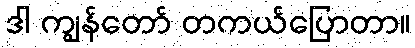
ဒါ ကျွန်တော် တကယ်ပြောတာ။